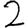
Digit: 2